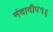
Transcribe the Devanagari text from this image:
नंदादीप१६